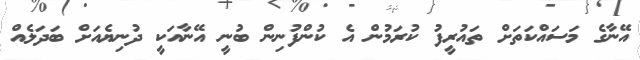
އޭނާގެ މަސައްކަތަށް ތައުރީފު ކުރަމުން އެ ކުންފުނިން ބުނީ އޭނާއަކީ ދުނިޔެއަށް ބަދަލެއް